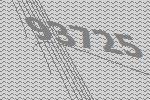
93725